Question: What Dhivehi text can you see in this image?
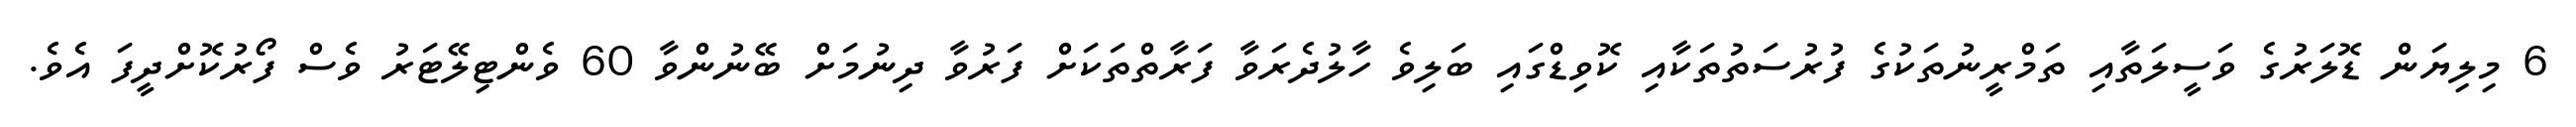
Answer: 6 މިލިޔަން ޑޮލަރުގެ ވަސީލަތާއި ތަމްރީނުތަކުގެ ފުރުސަތުތަކާއި ކޮވިޑްގައި ބަލިވެ ހާލުދެރަވާ ފަރާތްތަކަށް ފަރުވާ ދިނުމަށް ބޭނުންވާ 60 ވެންޓިލޭޓަރު ވެސް ފޯރުކޮށްދީފަ އެވެ.